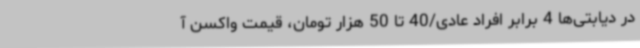
در دیابتی‌ها 4 برابر افراد عادی/40 تا 50 هزار تومان، قیمت واکسن آ